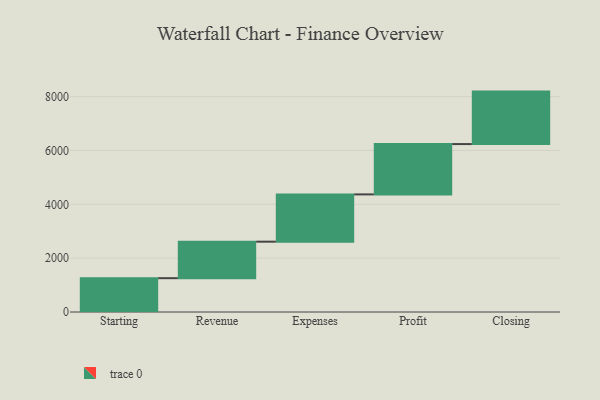
{"axis": {"x": "Step", "y": "Value"}, "legend": [""], "data": [{"x": "Starting", "y": 1256.0, "type": ""}, {"x": "Revenue", "y": 1356.0, "type": ""}, {"x": "Expenses", "y": 1756.0, "type": ""}, {"x": "Profit", "y": 1869.0, "type": ""}, {"x": "Closing", "y": 1949.0, "type": ""}]}